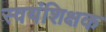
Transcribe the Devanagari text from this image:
स्वयंशिक्षक